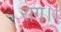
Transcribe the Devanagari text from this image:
राग।।